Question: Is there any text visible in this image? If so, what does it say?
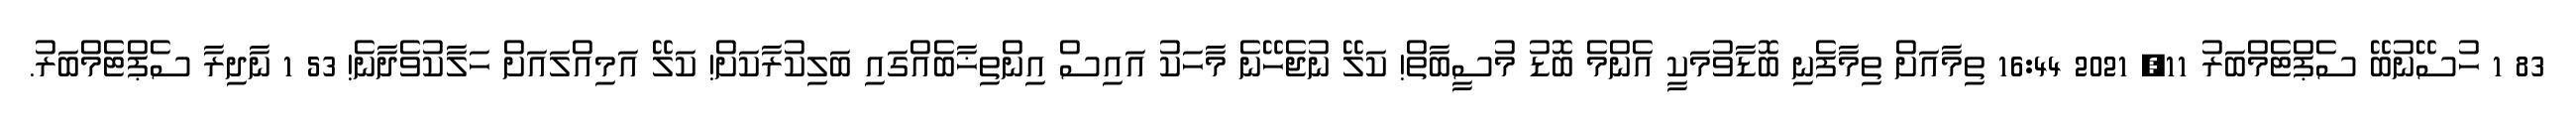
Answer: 83 1 ހުސޭނުބޭ ސެޕްޓެމްބަރު 11, 2021 16:44 ތިމާއަށް ތިމާފެނި ބޮޑާވުމަކީ އެންމެ ބޮޑު މުސީބާތް! ކަލޭ ނުޖެހޭނެ މާހަކު އައިސް އިންތިޚާބެއްގައި ބަލިކުރާކަށް! ކަލޭ އަމިއްލައަށް ހަލާކުވެދާނެ! 53 1 ނާދިރާ ސެޕްޓެމްބަރު.